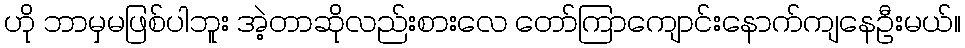
ဟို ဘာမှမဖြစ်ပါဘူး အဲ့တာဆိုလည်းစားလေ တော်ကြာကျောင်းနောက်ကျနေဦးမယ်။